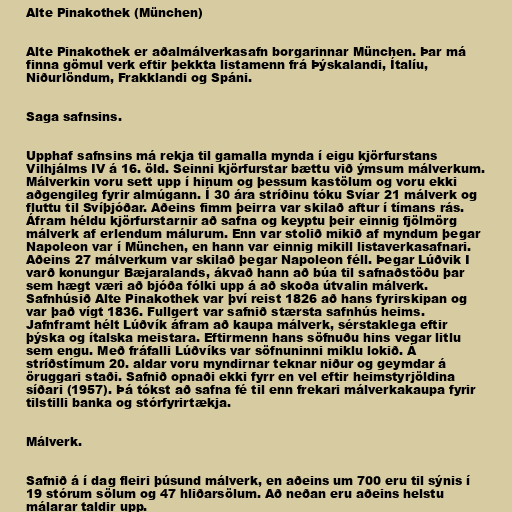
Alte Pinakothek (München)

Alte Pinakothek er aðalmálverkasafn borgarinnar München. Þar má
finna gömul verk eftir þekkta listamenn frá Þýskalandi, Ítalíu,
Niðurlöndum, Frakklandi og Spáni.

Saga safnsins.

Upphaf safnsins má rekja til gamalla mynda í eigu kjörfurstans
Vilhjálms IV á 16. öld. Seinni kjörfurstar bættu við ýmsum málverkum.
Málverkin voru sett upp í hinum og þessum kastölum og voru ekki
aðgengileg fyrir almúgann. Í 30 ára stríðinu tóku Svíar 21 málverk og
fluttu til Svíþjóðar. Aðeins fimm þeirra var skilað aftur í tímans rás.
Áfram héldu kjörfurstarnir að safna og keyptu þeir einnig fjölmörg
málverk af erlendum málurum. Enn var stolið mikið af myndum þegar
Napoleon var í München, en hann var einnig mikill listaverkasafnari.
Aðeins 27 málverkum var skilað þegar Napoleon féll. Þegar Lúðvik I
varð konungur Bæjaralands, ákvað hann að búa til safnaðstöðu þar
sem hægt væri að bjóða fólki upp á að skoða útvalin málverk.
Safnhúsið Alte Pinakothek var því reist 1826 að hans fyrirskipan og
var það vígt 1836. Fullgert var safnið stærsta safnhús heims.
Jafnframt hélt Lúðvík áfram að kaupa málverk, sérstaklega eftir
þýska og ítalska meistara. Eftirmenn hans söfnuðu hins vegar litlu
sem engu. Með fráfalli Lúðvíks var söfnuninni miklu lokið. Á
stríðstímum 20. aldar voru myndirnar teknar niður og geymdar á
öruggari staði. Safnið opnaði ekki fyrr en vel eftir heimstyrjöldina
síðari (1957). Þá tókst að safna fé til enn frekari málverkakaupa fyrir
tilstilli banka og stórfyrirtækja.

Málverk.

Safnið á í dag fleiri þúsund málverk, en aðeins um 700 eru til sýnis í
19 stórum sölum og 47 hliðarsölum. Að neðan eru aðeins helstu
málarar taldir upp.